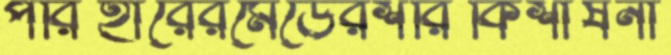
পরিহারেরমেডেরশরিকিশীষনা